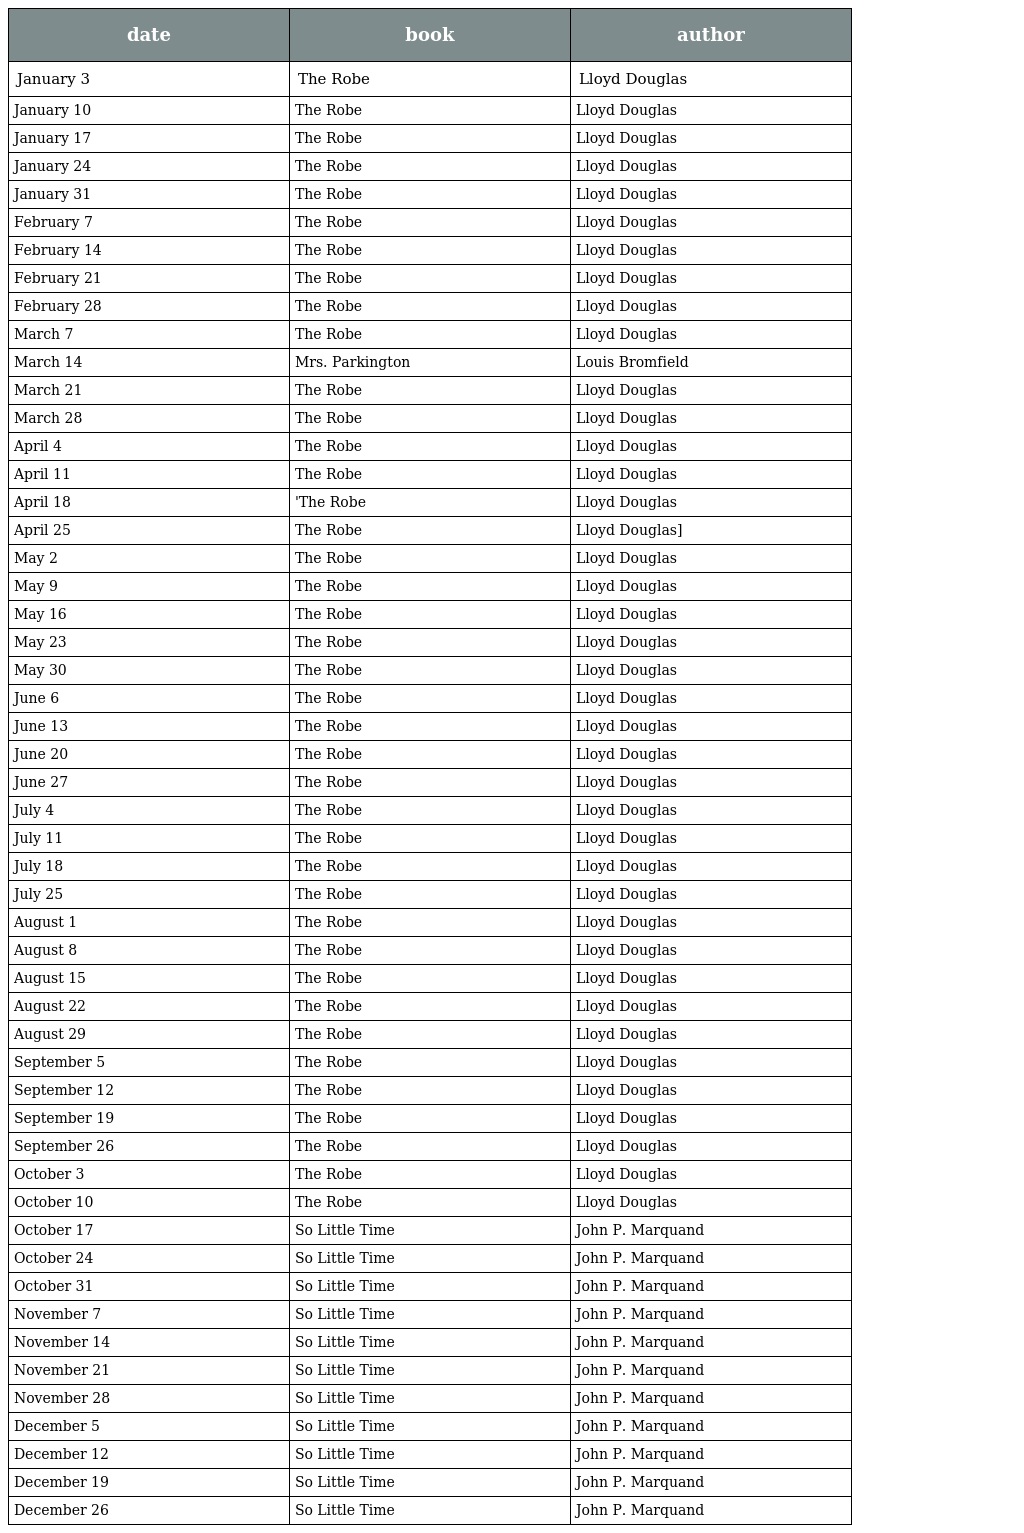
| date | book | author |
 | --- | --- | --- |
 | January 3 | The Robe | Lloyd Douglas |
 | January 10 | The Robe | Lloyd Douglas |
 | January 17 | The Robe | Lloyd Douglas |
 | January 24 | The Robe | Lloyd Douglas |
 | January 31 | The Robe | Lloyd Douglas |
 | February 7 | The Robe | Lloyd Douglas |
 | February 14 | The Robe | Lloyd Douglas |
 | February 21 | The Robe | Lloyd Douglas |
 | February 28 | The Robe | Lloyd Douglas |
 | March 7 | The Robe | Lloyd Douglas |
 | March 14 | Mrs. Parkington | Louis Bromfield |
 | March 21 | The Robe | Lloyd Douglas |
 | March 28 | The Robe | Lloyd Douglas |
 | April 4 | The Robe | Lloyd Douglas |
 | April 11 | The Robe | Lloyd Douglas |
 | April 18 | 'The Robe | Lloyd Douglas |
 | April 25 | The Robe | Lloyd Douglas] |
 | May 2 | The Robe | Lloyd Douglas |
 | May 9 | The Robe | Lloyd Douglas |
 | May 16 | The Robe | Lloyd Douglas |
 | May 23 | The Robe | Lloyd Douglas |
 | May 30 | The Robe | Lloyd Douglas |
 | June 6 | The Robe | Lloyd Douglas |
 | June 13 | The Robe | Lloyd Douglas |
 | June 20 | The Robe | Lloyd Douglas |
 | June 27 | The Robe | Lloyd Douglas |
 | July 4 | The Robe | Lloyd Douglas |
 | July 11 | The Robe | Lloyd Douglas |
 | July 18 | The Robe | Lloyd Douglas |
 | July 25 | The Robe | Lloyd Douglas |
 | August 1 | The Robe | Lloyd Douglas |
 | August 8 | The Robe | Lloyd Douglas |
 | August 15 | The Robe | Lloyd Douglas |
 | August 22 | The Robe | Lloyd Douglas |
 | August 29 | The Robe | Lloyd Douglas |
 | September 5 | The Robe | Lloyd Douglas |
 | September 12 | The Robe | Lloyd Douglas |
 | September 19 | The Robe | Lloyd Douglas |
 | September 26 | The Robe | Lloyd Douglas |
 | October 3 | The Robe | Lloyd Douglas |
 | October 10 | The Robe | Lloyd Douglas |
 | October 17 | So Little Time | John P. Marquand |
 | October 24 | So Little Time | John P. Marquand |
 | October 31 | So Little Time | John P. Marquand |
 | November 7 | So Little Time | John P. Marquand |
 | November 14 | So Little Time | John P. Marquand |
 | November 21 | So Little Time | John P. Marquand |
 | November 28 | So Little Time | John P. Marquand |
 | December 5 | So Little Time | John P. Marquand |
 | December 12 | So Little Time | John P. Marquand |
 | December 19 | So Little Time | John P. Marquand |
 | December 26 | So Little Time | John P. Marquand |